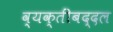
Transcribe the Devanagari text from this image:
व्यक्तींबद्दल